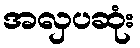
အလှပဆုံး